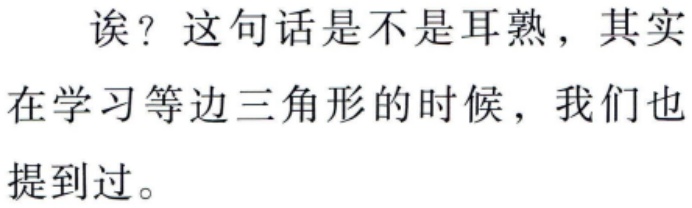
诶？这句话是不是耳熟，其实

在学习等边三角形的时候，我们也

提到过。